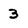
Character: 3